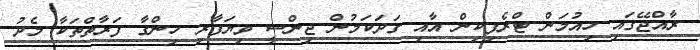
ރާއްޖޭގައި ހިއުމަން ޓްރެފިކިން އާއި ގަދަކަމުން ޖިންސީ ވިޔަފާރި ހިންގާ ފަރާތްތަކާ މެދު